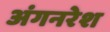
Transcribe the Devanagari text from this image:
अंगनरेश